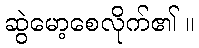
ဆွဲမော့စေလိုက်၏ ။